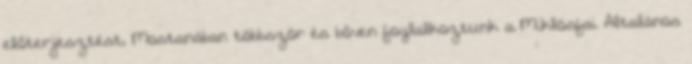
előterjesztést, Mostanában többször és bőven foglalkoztunk a Miklósfai Általános